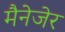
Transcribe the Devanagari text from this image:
मैनेजेर